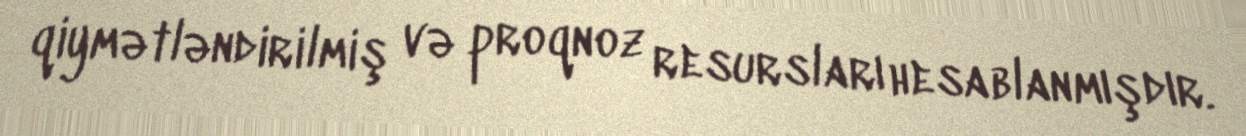
qiymətləndirilmiş və proqnoz resursları hesablanmışdır.